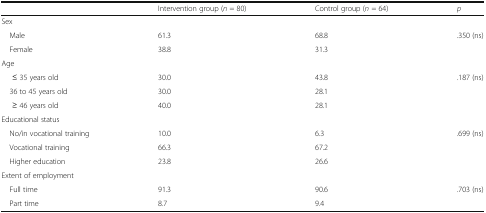
<table><thead><tr><td></td><td><b>Intervention group (<i>n</i> = 80)</b></td><td><b>Control group (<i>n</i> = 64)</b></td><td><b><i>p</i></b></td></tr></thead><tbody><tr><td colspan="4">Sex</td></tr><tr><td> Male</td><td>61.3</td><td>68.8</td><td rowspan="2">.350 (ns)</td></tr><tr><td> Female</td><td>38.8</td><td>31.3</td></tr><tr><td colspan="4">Age</td></tr><tr><td>≤ 35 years old</td><td>30.0</td><td>43.8</td><td rowspan="3">.187 (ns)</td></tr><tr><td> 36 to 45 years old</td><td>30.0</td><td>28.1</td></tr><tr><td>≥ 46 years old</td><td>40.0</td><td>28.1</td></tr><tr><td colspan="4">Educational status</td></tr><tr><td> No/in vocational training</td><td>10.0</td><td>6.3</td><td rowspan="3">.699 (ns)</td></tr><tr><td> Vocational training</td><td>66.3</td><td>67.2</td></tr><tr><td> Higher education</td><td>23.8</td><td>26.6</td></tr><tr><td colspan="4">Extent of employment</td></tr><tr><td> Full time</td><td>91.3</td><td>90.6</td><td rowspan="2">.703 (ns)</td></tr><tr><td> Part time</td><td>8.7</td><td>9.4</td></tr></tbody></table>